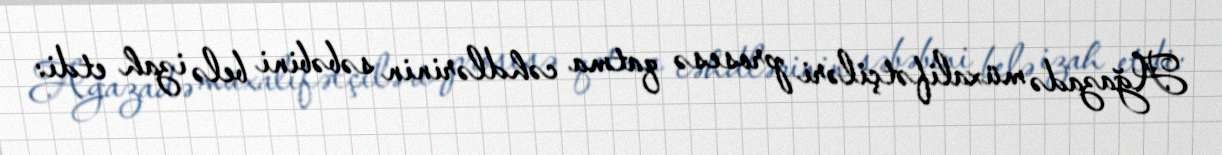
Ağazadə müxalifətçiləri prosesə qatma cəhdlərinin səbəbini belə izah etdi: